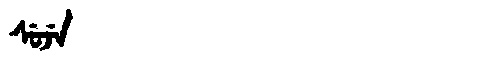
Manchu: ᠰᡠᠵᡝ
Romanization: SUJE